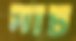
মাচ